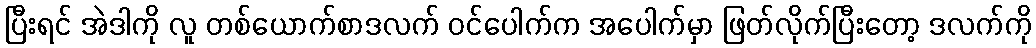
ပြီးရင် အဲဒါကို လူ တစ်ယောက်စာဒလက် ဝင်ပေါက်က အပေါက်မှာ ဖြတ်လိုက်ပြီးတော့ ဒလက်ကို